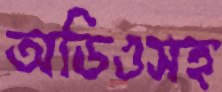
অডিওসহ